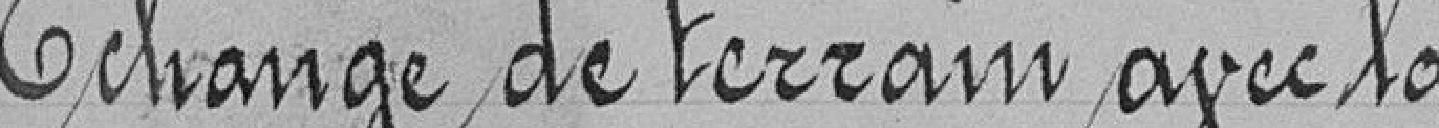
Echange de terrains, avec la